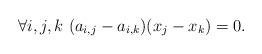
\begin{align*}\forall i,j,k\ (a_{i,j}-a_{i,k})(x_j-x_k)= 0.\end{align*}